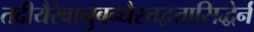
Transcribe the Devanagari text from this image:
तदीयैरेवानुबन्धैस्त्तद्वत्तासिद्धेर्न